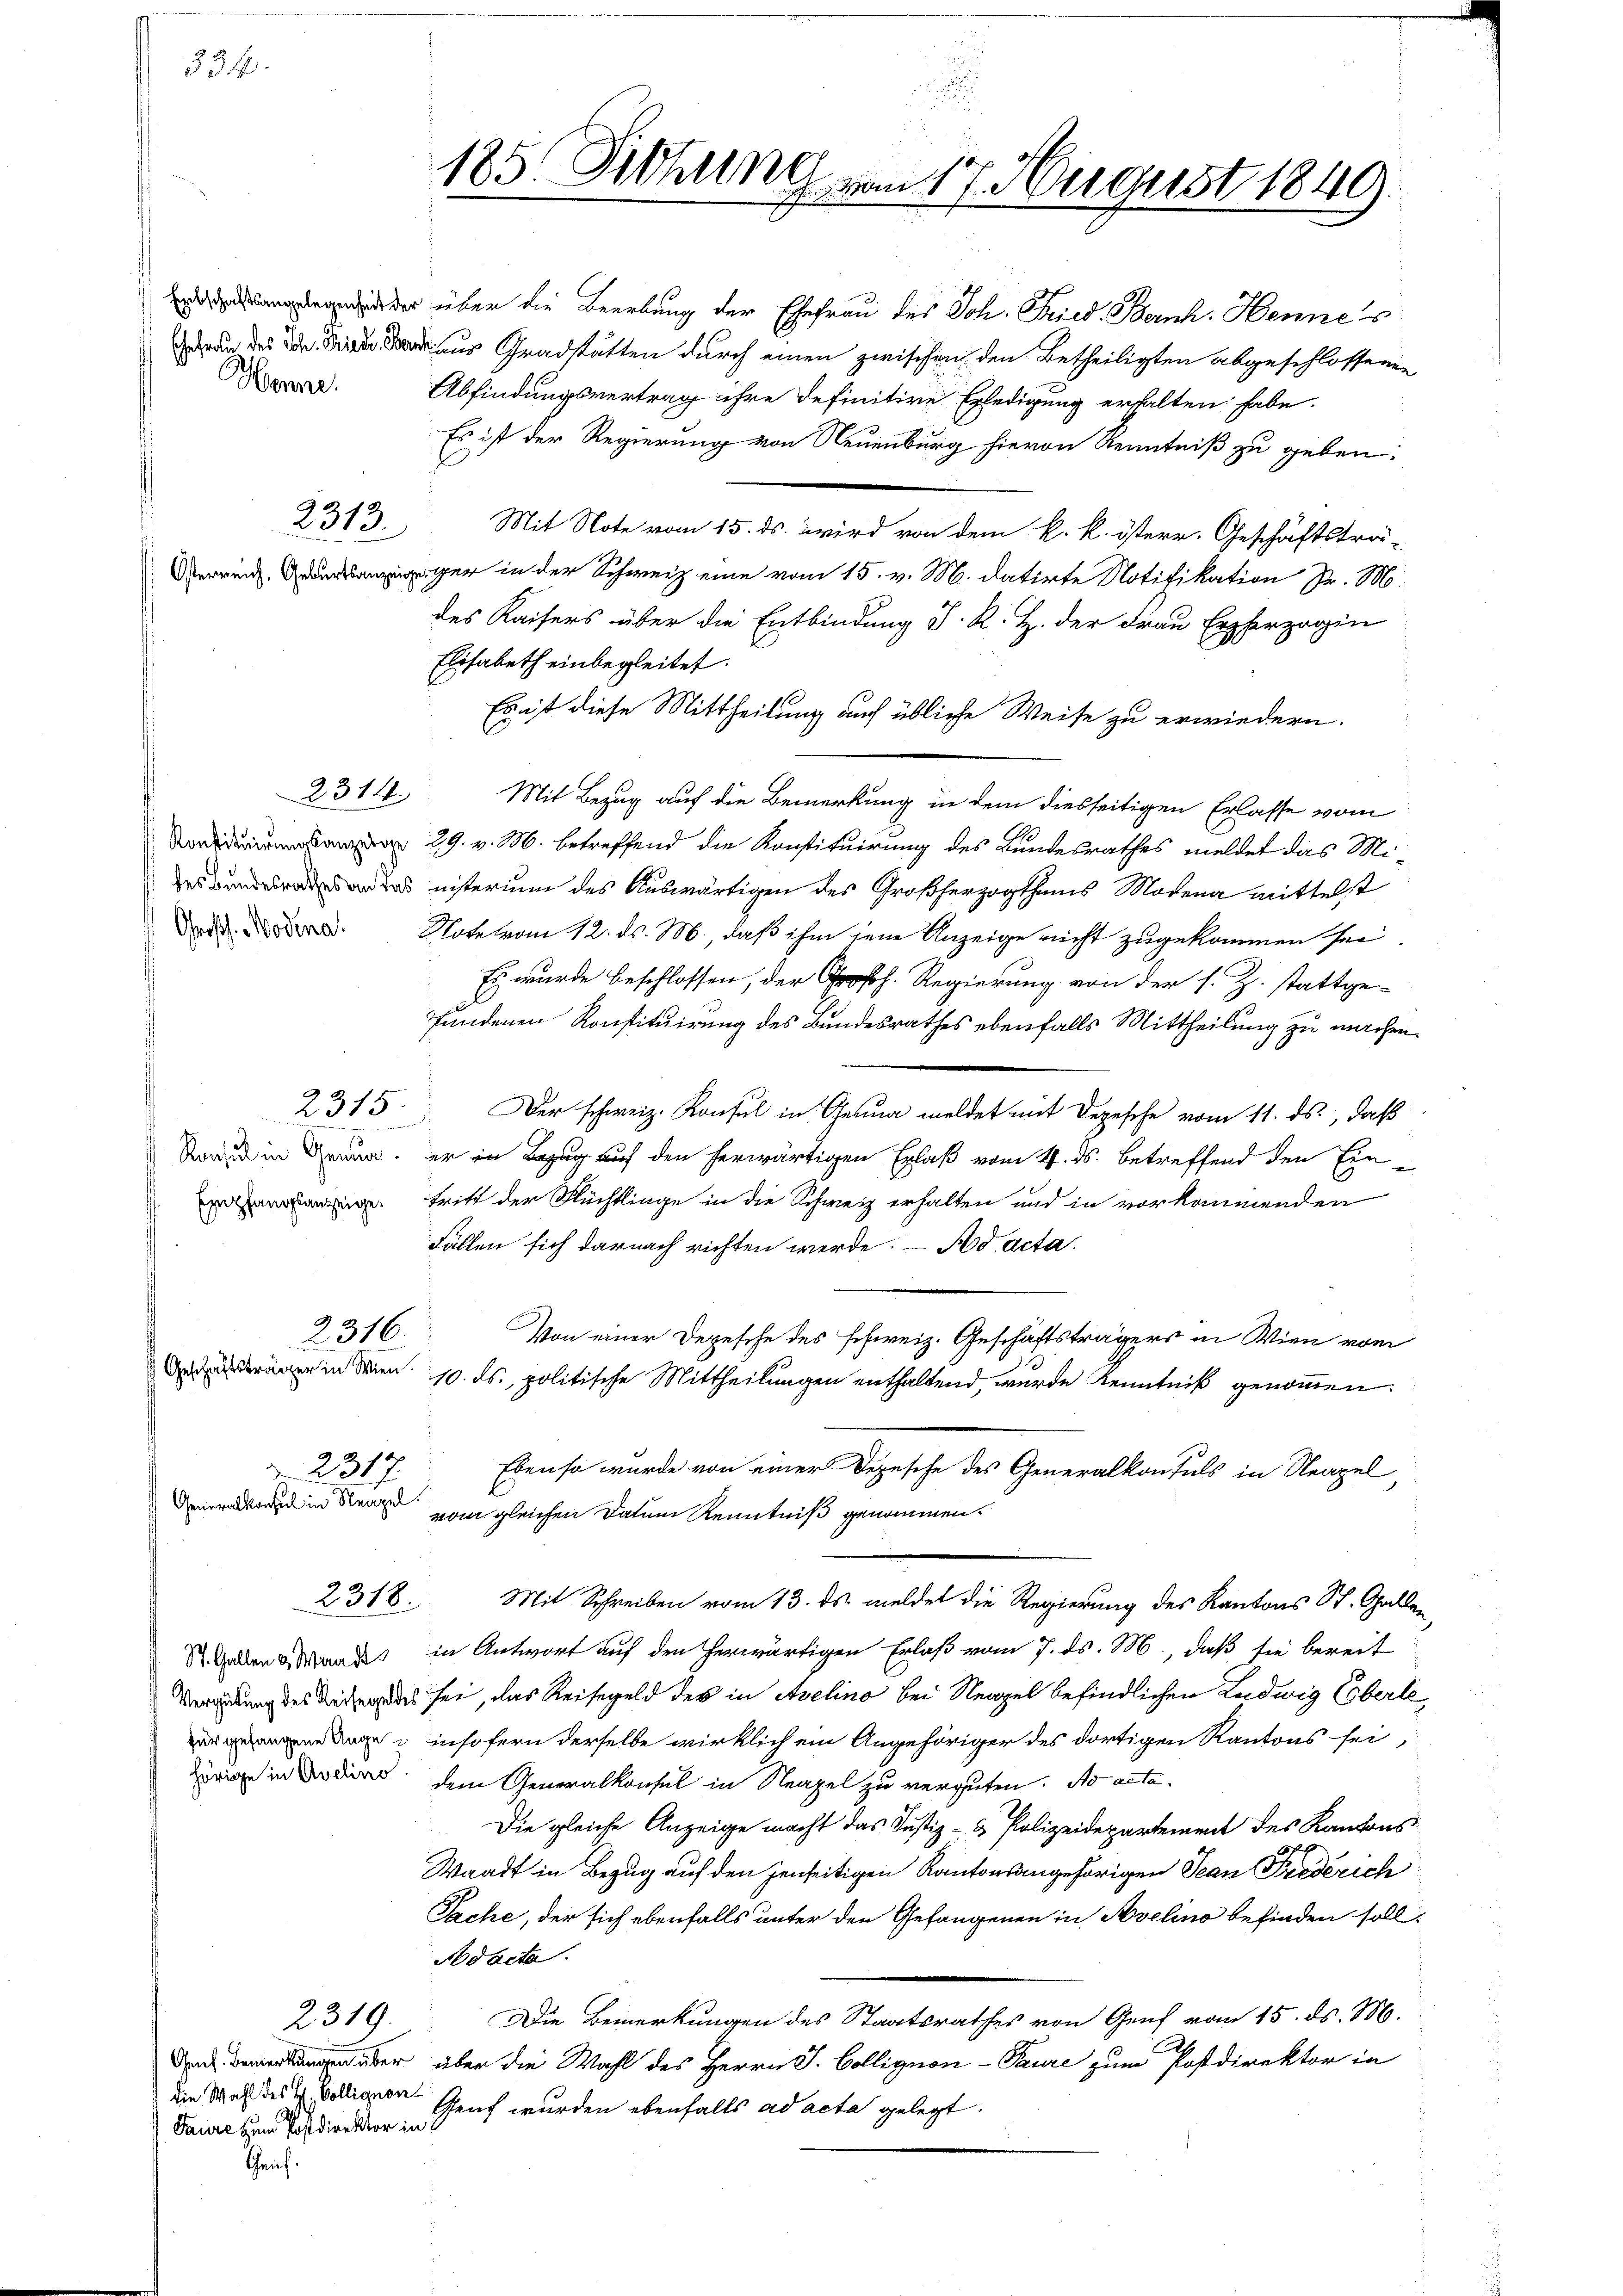
s

Henne.

hörige in Avelino

Geschäftsträger in Wien.

2317.
Generalkonsul in Neapel

Saure zum Postdirektor in

2313.

2314.

2315.

2316.

2318.

2319.

aber über die Beerbung der Ehefrau des Joh. Fried. Bernh. Hennes
 Grastatten durch einen zwischen den Betheiligten abgeschlossenen
Abfindungsvertrag ihre definitive Erledigung erhalten habe.
Es ist der Regierung von Neuenburg hievon Kenntniß zu geben:
Mit Note vom 15. ds. wird von dem k. k. österr. Geschäftsträ-
erringer in der Schweiz eine vom 15. v. M. datirte Notifikation Pr. M.
des Kaisers über die Entbindung J. R. Z. der Frau Erzherzogin
Elisabeth einbegleitet.
Es ist diese Mittheilung auch übliche Weise zu erwiedern.
Mit Bezug auf die Bemerkung in dem diesseitigen Erlasse vom
29. v. M. betreffend die Konstituirung des Bundesrathes meldet das Ministerium des Auswärtigen des Großherzogthums Modena mittelst
d. d. Note vom 12. ds. M., daß ihm jene Anzeige nicht zugekommen sei.
Es wurde beschlossen, der Großh. Regierung von der s. Z. stattge-
fundenen Konstituirung des Bundesrathes ebenfalls Mittheilung zu machen.
Der schweiz. Konsul in Genua meldet mit Depesche vom 11. ds., daß
Stand in an, er in Bezug auf den herwärtigen Erlaß vom 4. ds. betreffend den Ein¬
 tritt der Flüchtlinge in die Schweiz erhalten und in vorkommenden
Fällen sich darnach richten werde. – Nd acta.
Von einer Depesche des schweiz. Geschäftsträgers in Wien vom
10. ds., politische Mittheilungen enthaltend, wurde Kenntniß genommen.
Ebenso wurde von einer Depesche des Generalkonsuls in Neapel
vom gleichen Datum Kenntniß genommen.
Mit Schreiben vom 13. ds. meldet die Regierung des Kantons St. Gallen
 Gallen andes in Antwort auf den herwärtigen Erlaß vom 7. ds. M., daß sie bereit
Verandung des Vater des sei, das Reisegeld des in Avelina bei Neapel befindlichen Ludwig Eberle
 insofern derselbe wirklich ein Angehöriger des dortigen Kantons sei,
dem Generalkonsul in Neapel zu vergüten. No acta
Die gleiche Anzeige macht das Justiz- & Polizeidepartement des Kantons
Waadt in Bezug auf den jenseitigen Kantonsangehörigen Jean Friederich
Sache, der sich ebenfalls unter den Gefangenen in Avelino befinden soll.
Nodacta.
Die Bemerkungen des Staatsrathes von Genf vom 15. ds. M.
C
lungen über über die Wahl des Herrn J. Collignon- Paure zum Postdirektor in
die Wahl des H. Bolligen Genf wurden ebenfalls ad acta gelegt.

185. Diehung vom 17. August 1849.

Geif.